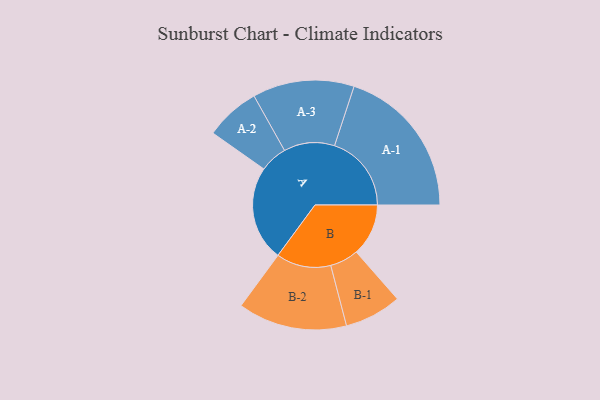
{"axis": {"x": "Segment", "y": "Value"}, "legend": ["", "A", "B"], "data": [{"x": "A", "y": 350, "type": ""}, {"x": "B", "y": 192, "type": ""}, {"x": "A-1", "y": 283, "type": "A"}, {"x": "A-2", "y": 101, "type": "A"}, {"x": "A-3", "y": 187, "type": "A"}, {"x": "B-1", "y": 105, "type": "B"}, {"x": "B-2", "y": 201, "type": "B"}]}